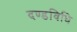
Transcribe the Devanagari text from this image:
दण्डविधि